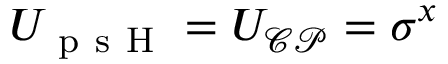
U _ { \mathrm { ~ p ~ s ~ H ~ } } = U _ { \mathcal { C P } } = \sigma ^ { x }